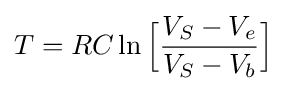
T=RC\ln {\Bigl [}{{V_{S}-V_{e}} \over {V_{S}-V_{b}}}{\Bigr ]}